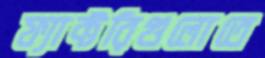
ফ্যাক্টরিগুলোতে